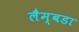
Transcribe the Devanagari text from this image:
लैम्बडा